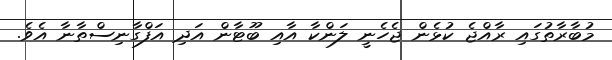
މުބާރާތުގައި ރާއްޖެ ކުޅެން ޖެހެނީ ލަންކާ އާއި ބޫޓާން އަދި އަފްގާނިސްތާނާ އެވެ.